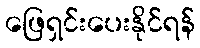
ဖြေရှင်းပေးနိုင်ရန်